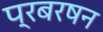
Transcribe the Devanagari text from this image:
प्रबरषन